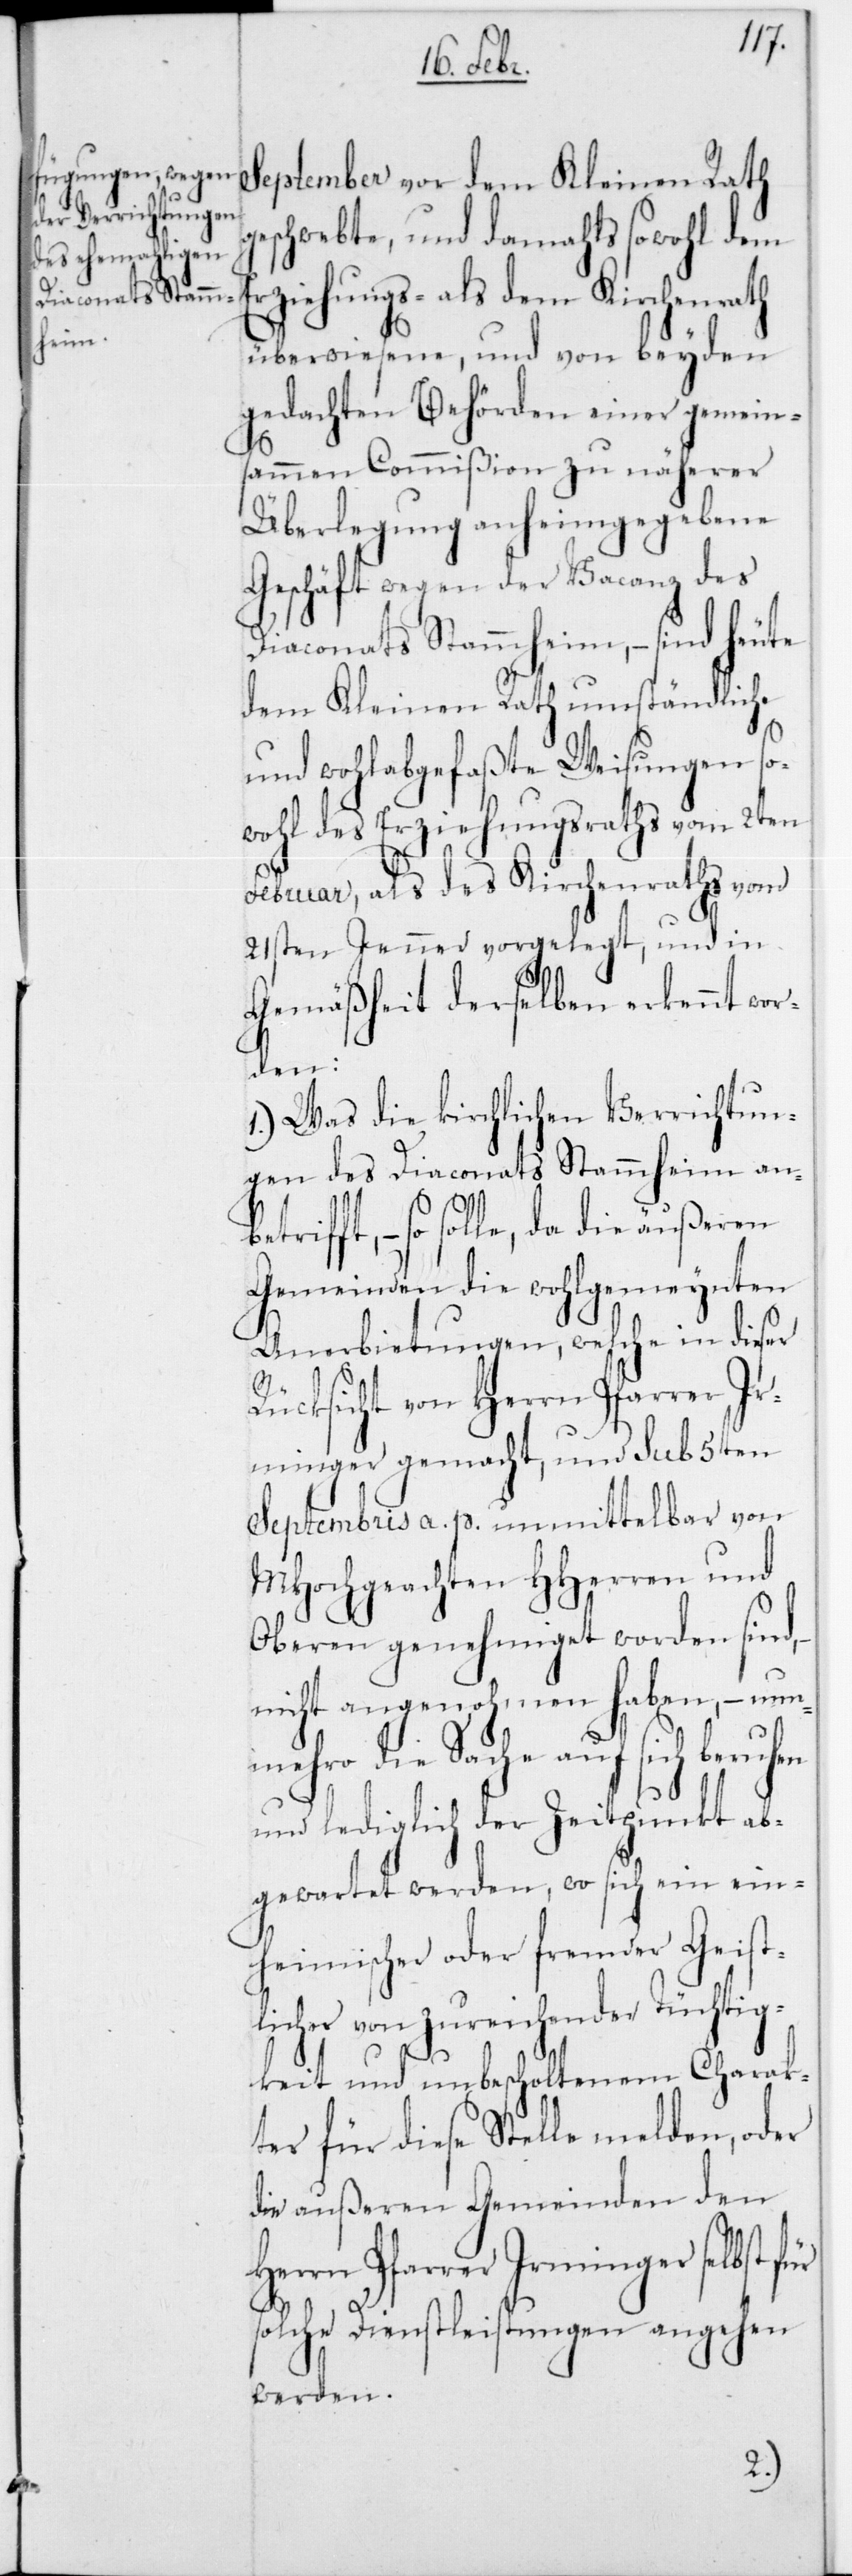
September vor dem Kleinen Rath
eschwebte, und damahls sowohl dem
Erziehungs- als dem Kirchenrath
überwiesene, und von beyden
gedachten Behörden einer gemein¬
sammen Commißion zu näherer
Überlegung anheimgegebene
Geschäft wegen der Vacanz des
Diaconats Stammheim, – sind heute
dem Kleinen Rath umständliche
etr¬
und wohlabgefaßte Weisungen so¬
wohl des Erziehungsraths vom 2ten
Februar, als des Kirchenraths vom
21sten Jenner vorgelegt, und in
Gemäßheit derselben erkennt wor¬
den:
1.) Was die kirchlichen Verrichtun¬
gen des Diaconats Stammheim anb¬
ifft, – so solle, da die äußeren
Gemeinden die wohlgemeynten
Anerbietungen, welche in dieser
Rücksicht von Herrn Pfarrer Ir¬
minger gemacht, und sub 5ten
Septembris a. p. unmittelbar von
MHochgeachten HHerren und
Oberen genehmiget worden sind,
nicht angenohmen haben , – nunm¬
ehro die Sache auf sich
und lediglich der Zeitpunkt ab¬
gewartet werden, wo sich ein ein¬
heimischer oder fremder Geist¬
licher von zureichender Tüchtig¬
keit und unbescholtenem Charak¬
ter für diese Stelle melden, oder
die außeren Gemeinden den
Herrn Pfarrer Irminger selbst
solche Dienstleistungen angehen
werden.